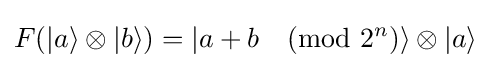
F(|a\rangle \otimes |b\rangle )=|a+b{\pmod {2^{n}}}\rangle \otimes |a\rangle